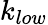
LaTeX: k_{low}